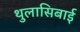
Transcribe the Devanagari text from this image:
थुलासिबाई